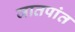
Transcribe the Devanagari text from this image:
जातपांत